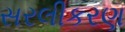
સરલીકરણ